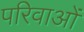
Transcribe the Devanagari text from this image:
परिवाओं